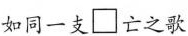
如同一支□亡之歌